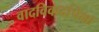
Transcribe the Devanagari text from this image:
वादविवादांपेक्षा